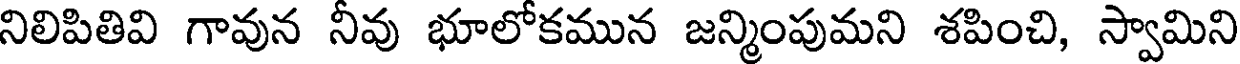
నిలిపితివి గావున నీవు భూలోకమున జన్మింపుమని శపించి, స్వామిని